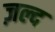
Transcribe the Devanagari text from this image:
ज़ल्द